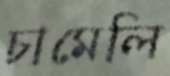
চামেলি